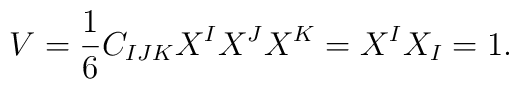
{V} = {\frac{1}{6}} C_{IJK} X^I X^J X^K=X^IX_I=1.